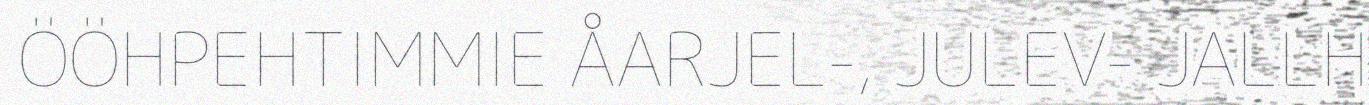
ÖÖHPEHTIMMIE ÅARJEL-, JULEV- JALLH